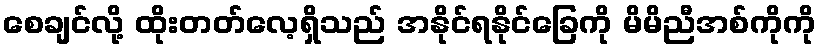
စေချင်လို့ ထိုးတတ်လေ့ရှိသည် အနိုင်ရနိုင်ခြေကို မိမိညီအစ်ကိုကို